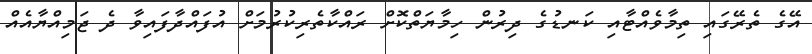
އޭގެ ތެރޭގައި ތިމާވެއްޓާއި ކަނޑުގެ ދިރުން ހިމާޔަތްކޮށް ރައްކާތެރިކުރުމަށް އުފައްދާފައިވާ ދެ ޖަމިއްޔާއެއް